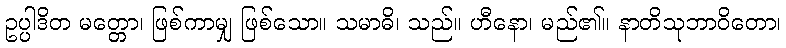
ဥပ္ပါဒိတ မတ္တော၊ ဖြစ်ကာမျှ ဖြစ်သော။ သမာဓိ၊ သည်။ ဟီနော၊ မည်၏။ နာတိသုဘာဝိတော၊